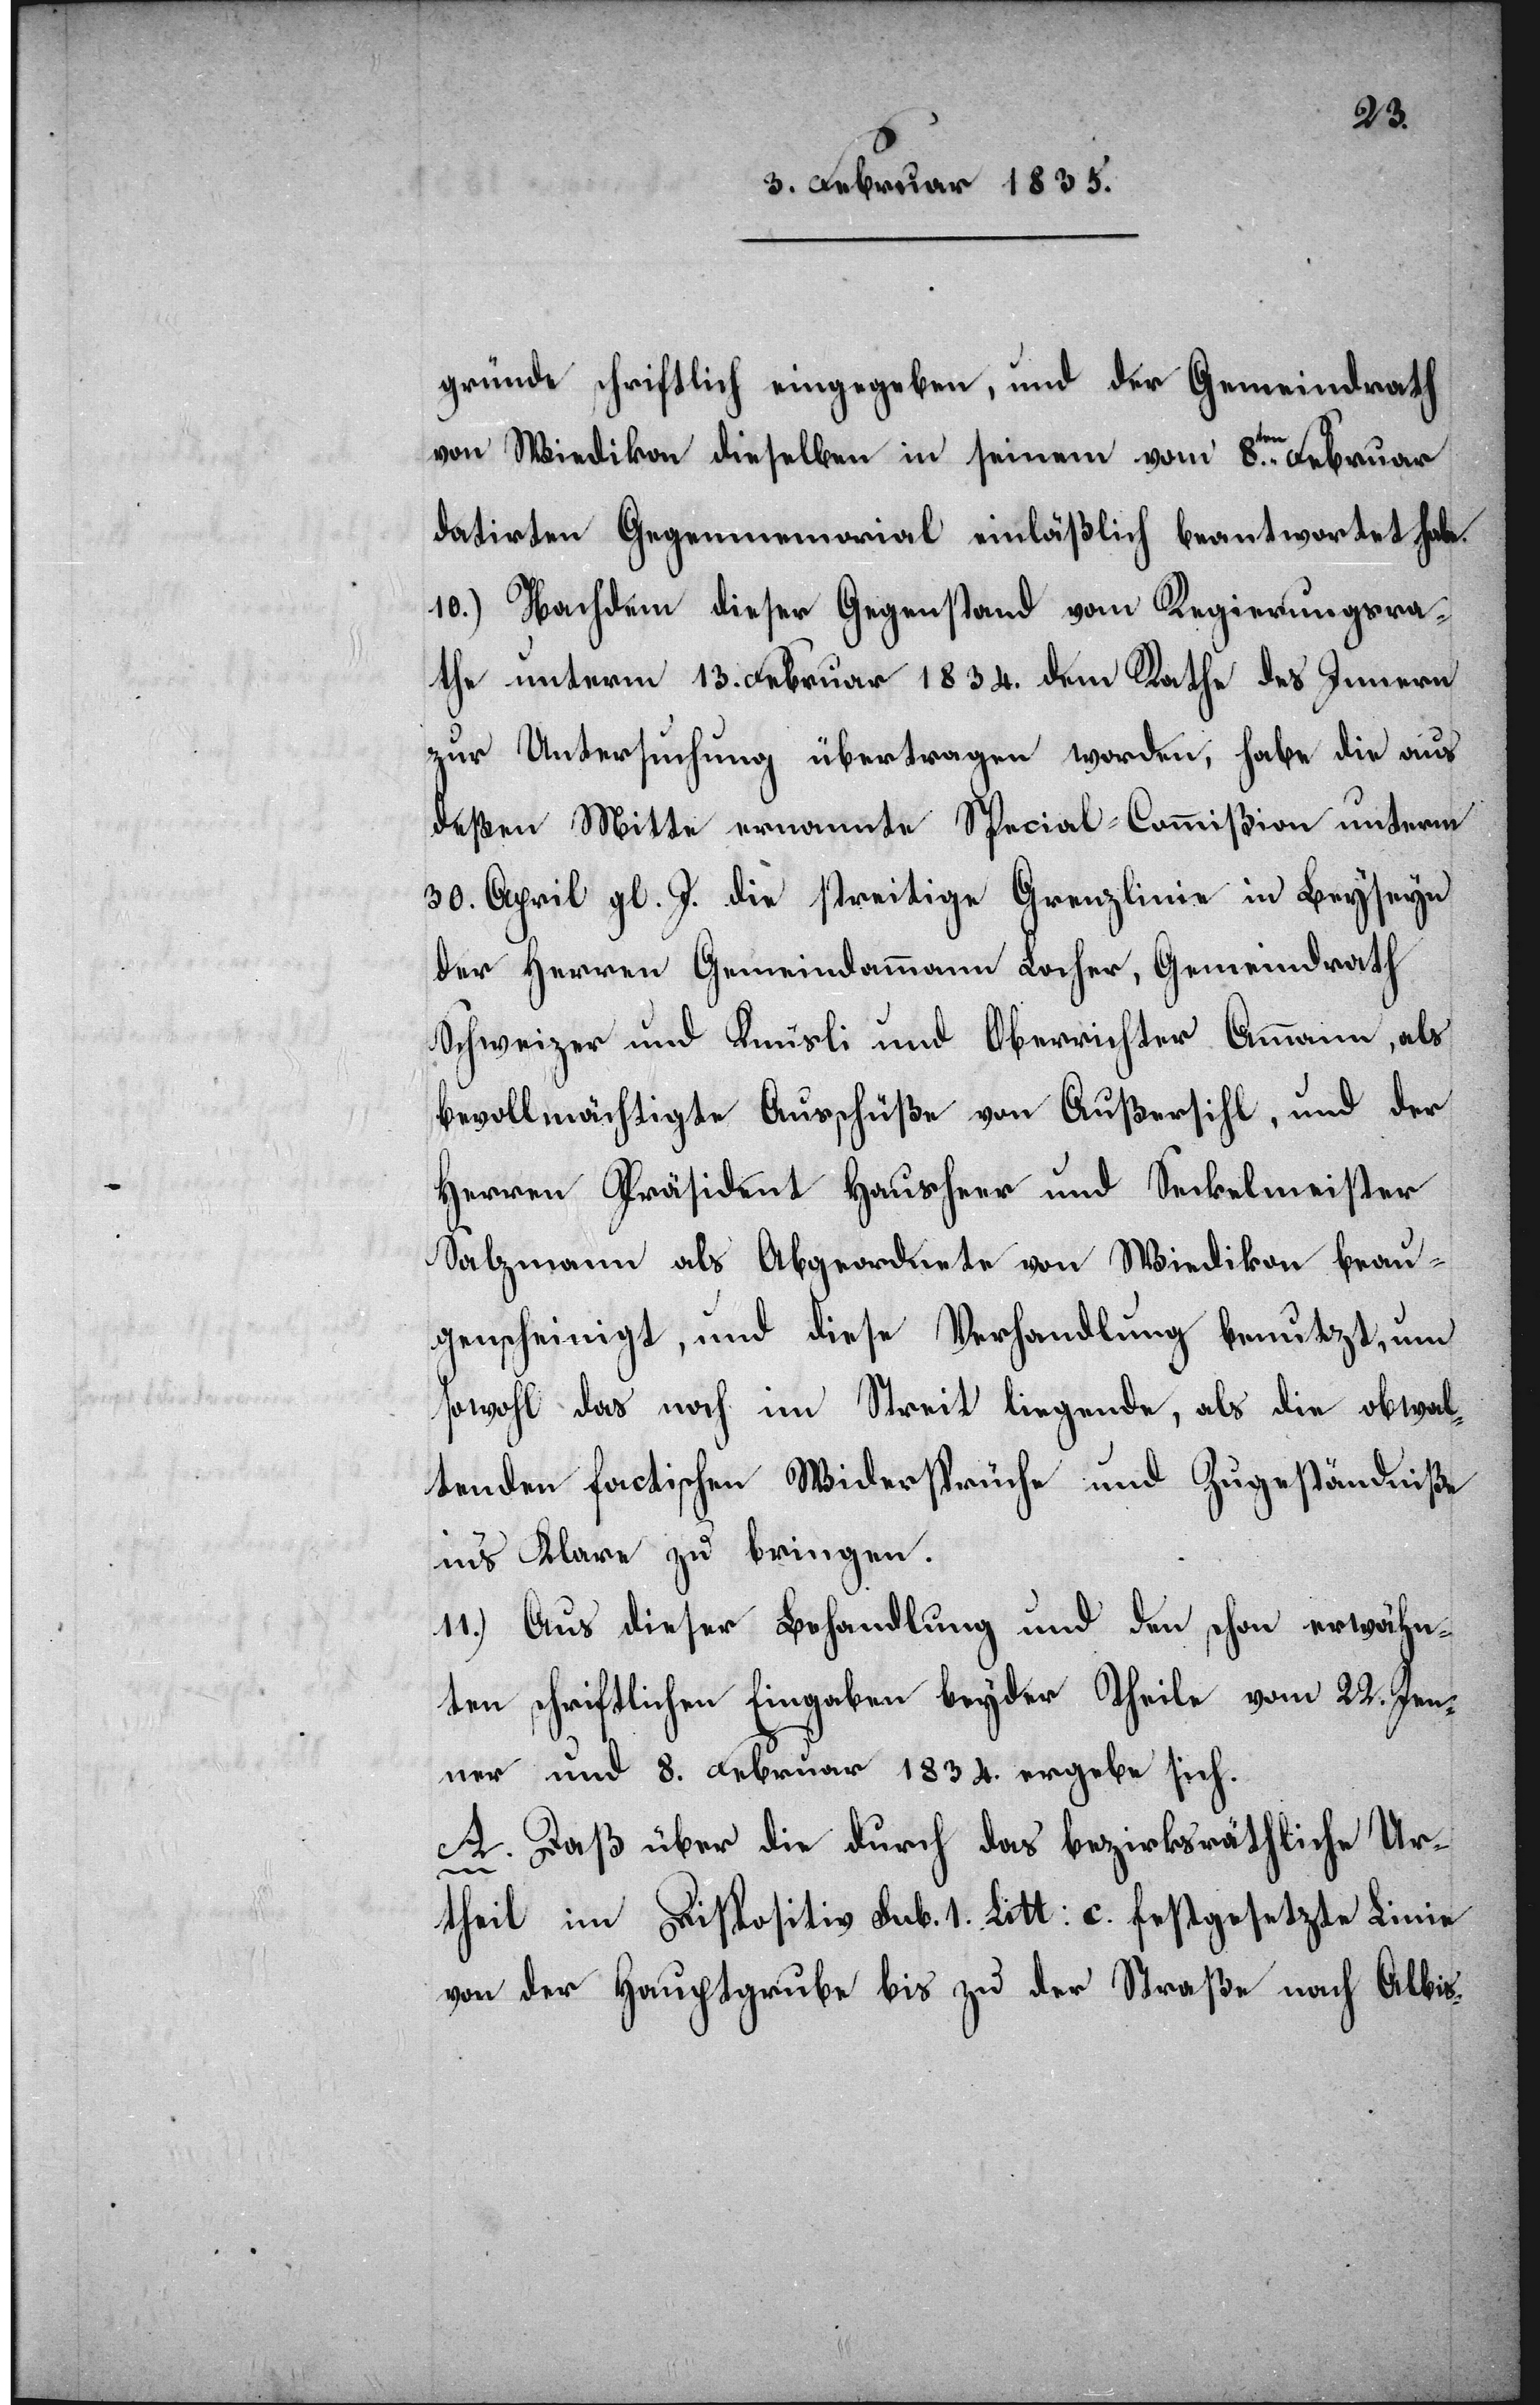
gründe schriftlich eingegeben, und der Gemeindrath
von Wiedikon dieselben in seinem vom 8.ten Februar
datirten Gegenmemorial einläßlich beantwortet habe.
10.) Nachdem dieser Gegenstand vom Regierungsra¬
the unterm 13. Februar 1834. dem Rathe des Innern
zur Untersuchung übertragen worden, habe die aus
deßen Mitte ernannte Special-Commißion unterm
30. April gl. J. die streitige Grenzlinie in Beyseyn
der Herren Gemeindammann Locher, Gemeindrath
Schweizer und Knüsli und Oberrichter Ammann, als
bevollmächtigte Ausschüße von Außersihl, und der
Herren Präsident Hausherr und Seckelmeister
Salzmann als Abgeordnete von Wiedikon beau¬
genscheinigt, und diese Verhandlung benutzt, um
sowohl das noch im Streit liegende, als die obwal¬
tenden factischen Widersprüche und Zugeständniße
ins Klare zu bringen.
11.) Aus dieser Behandlung und den schon erwähn¬
ten schriftlichen Eingaben beyder Theile vom 22. Jan¬
uar und 8. Februar 1834. ergebe sich.
A. Daß über die durch das bezirksräthliche Ur¬
theil im Dispositiv sub.1. Litt: c. festgesetzte Linie
von der Hauptgrube bis zu der Straße nach Albis-